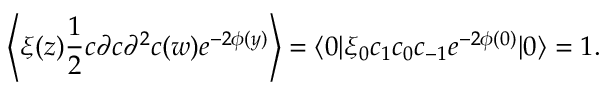
\left\langle \xi ( z ) \frac { 1 } { 2 } c \partial c \partial ^ { 2 } c ( w ) e ^ { - 2 \phi ( y ) } \right\rangle = \langle 0 | \xi _ { 0 } c _ { 1 } c _ { 0 } c _ { - 1 } e ^ { - 2 \phi ( 0 ) } | 0 \rangle = 1 .